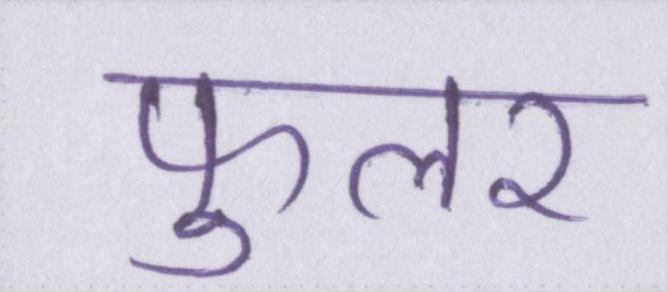
फुलर